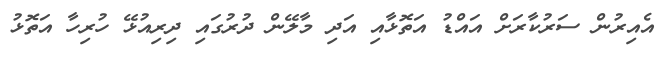
އެއިރުން ސަރުކާރަށް އައްޑު އަތޮޅާއި އަދި މާލޭން ދުރުގައި ދިރިއުޅޭ ހުރިހާ އަތޮޅު